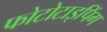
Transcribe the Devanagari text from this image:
फोटोटाइपिंग